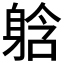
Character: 𮜹